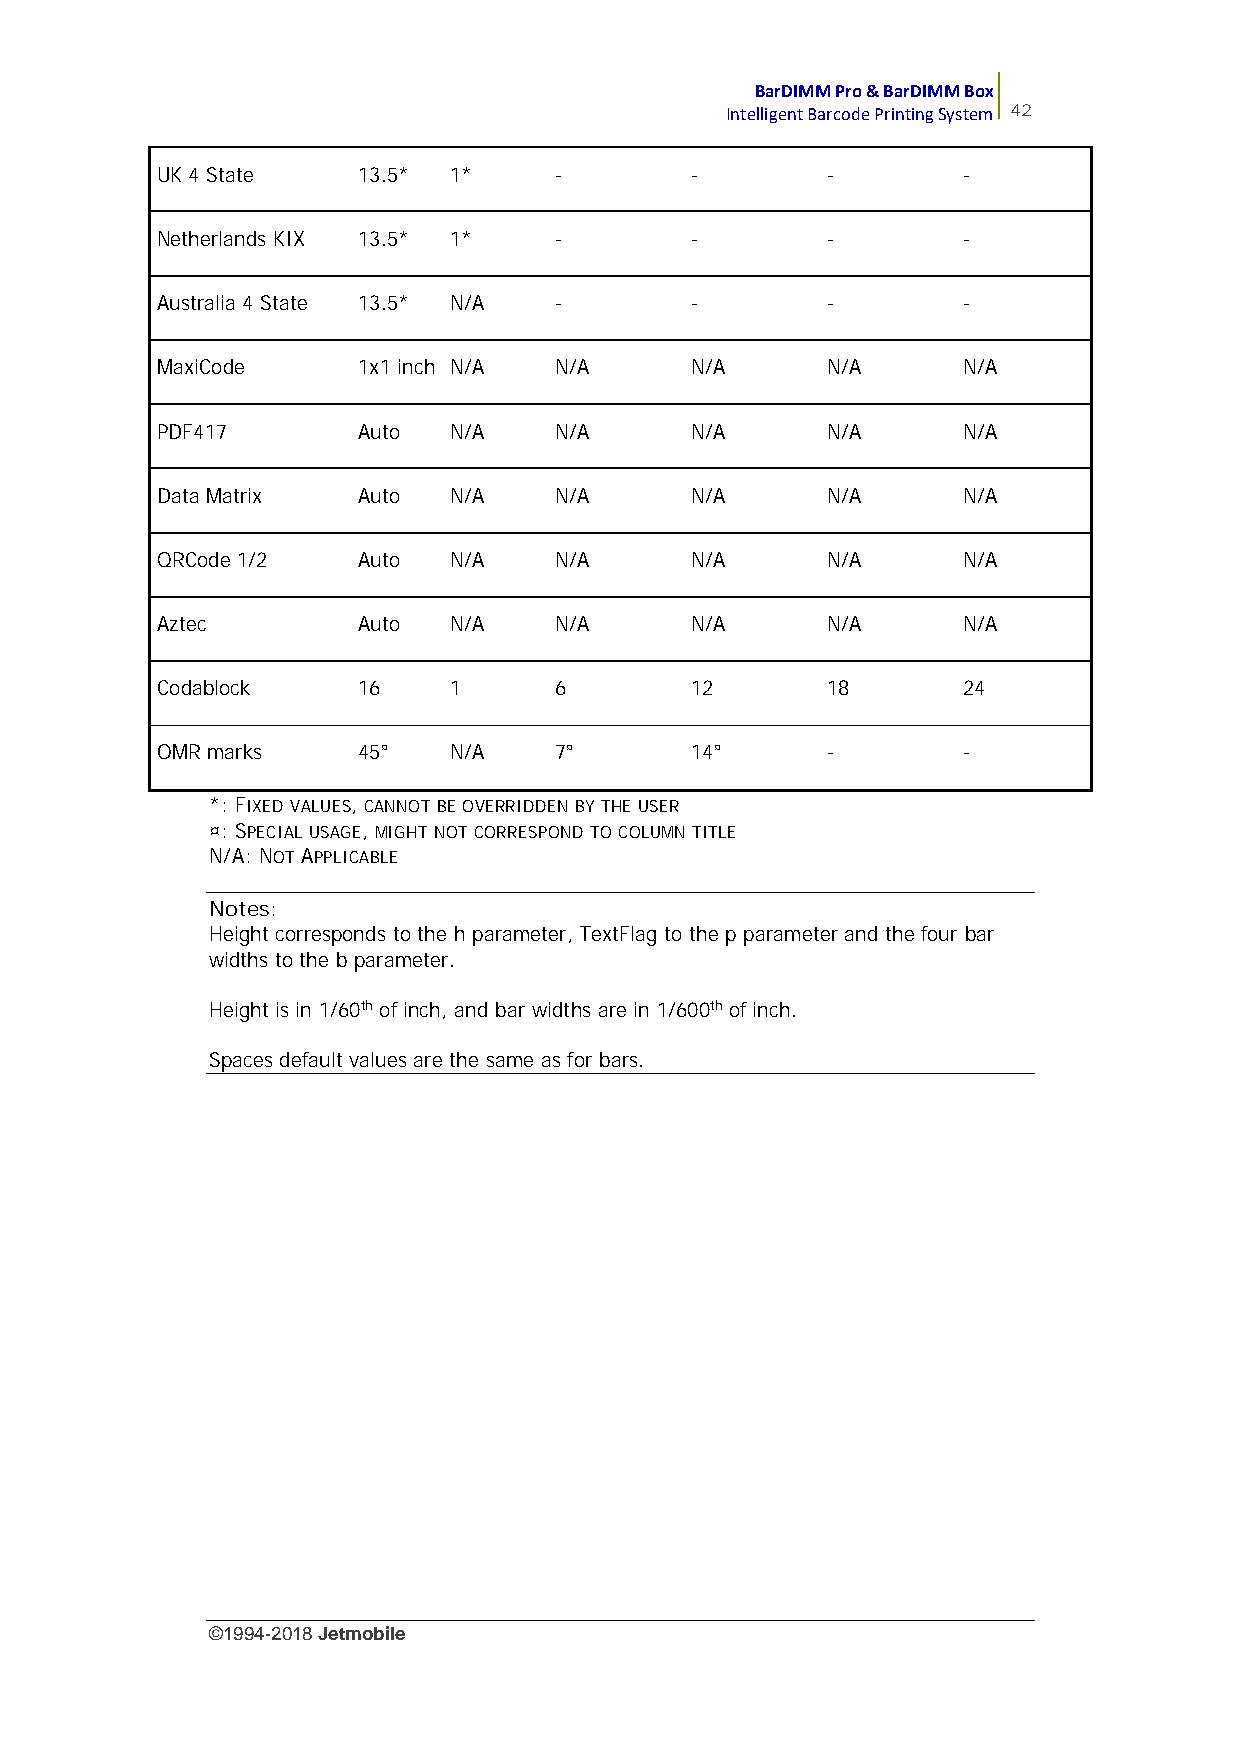
BarDIMM Pro & BarDIMM Box
 Intelligent Barcode Printing System 42
 UK 4 State    13.5* 1*     -        -        -        -
 Netherlands KIX 13.5* 1*   -        -        -        -
 Australia 4 State 13.5* N/A -       -        -        -
 MaxiCode      1x1 inch N/A N/A      N/A      N/A      N/A
 PDF417        Auto  N/A    N/A      N/A      N/A      N/A
 Data Matrix   Auto  N/A    N/A      N/A      N/A      N/A
 QRCode 1/2    Auto  N/A    N/A      N/A      N/A      N/A
 Aztec         Auto  N/A    N/A      N/A      N/A      N/A
 Codablock     16    1      6        12       18       24
 OMR marks     45¤   N/A    7¤       14¤      -        -
 *: FIXED VALUES,CANNOT BE OVERRIDDEN BY THE USER
 ¤: SPECIAL USAGE,MIGHT NOT CORRESPOND TO COLUMN TITLE
 N/A: NOT APPLICABLE
 Notes:
 Height corresponds to the h parameter, TextFlag to the p parameter and the four bar
 widths to the b parameter.
 Height is in 1/60th of inch, and bar widths are in 1/600th of inch.
 Spaces default values are the same as for bars.
 ©1994-2018Jetmobile
 E
 r
 r
 o